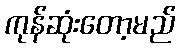
ကုန်ဆုံးတော့မည်